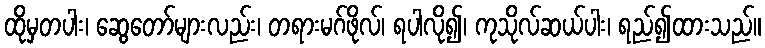
ထိုမှတပါး၊ ဆွေတော်များလည်း၊ တရားမဂ်ဖိုလ်၊ ရပါလို၍၊ ကုသိုလ်ဆယ်ပါး၊ ရည်၍ထားသည်။